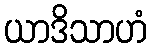
ယာဒိသာဟံ